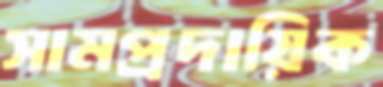
সামপ্রদায়িক